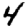
Digit: 4